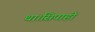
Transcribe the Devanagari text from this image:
था।सिपाही